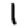
Digit: 1